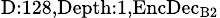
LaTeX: _{\textrm{D}:128,\textrm{Depth}:1,\textrm{EncDec}_{\textrm{B}2}}